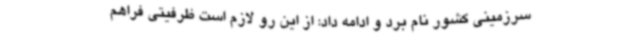
سرزمینی کشور نام برد و ادامه داد: از این ‌رو لازم است ظرفیتی فراهم